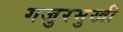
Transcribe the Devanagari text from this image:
गजुरमुखी